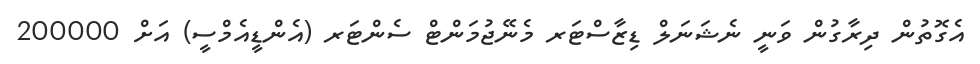
އެގޮތުން ދިރާގުން ވަނީ ނެޝަނަލް ޑިޒާސްޓަރ މެނޭޖުމަންޓް ސެންޓަރ (އެންޑީއެމްސީ) އަށް 200000